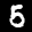
Label: 5